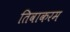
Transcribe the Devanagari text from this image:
तिवाकरम